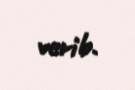
verib.